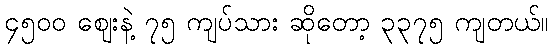
၄၅၀၀ ဈေးနဲ့ ၇၅ ကျပ်သား ဆိုတော့ ၃၃၇၅ ကျတယ်။